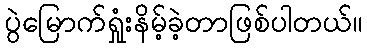
ပွဲမြောက်ရှုံးနိမ့်ခဲ့တာဖြစ်ပါတယ်။